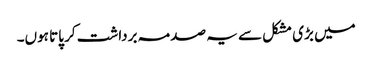
میں بڑی مشکل سے یہ صدمہ برداشت کر پاتا ہوں۔